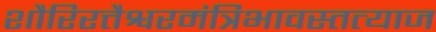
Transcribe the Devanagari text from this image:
शौरिरत्तैश्वरमंत्रिभावस्तत्याज